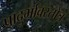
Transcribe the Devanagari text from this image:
प्रादुर्भावस्तोत्र